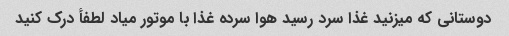
دوستانی که میزنید غذا سرد رسید هوا سرده غذا با موتور میاد لطفأ درک کنید